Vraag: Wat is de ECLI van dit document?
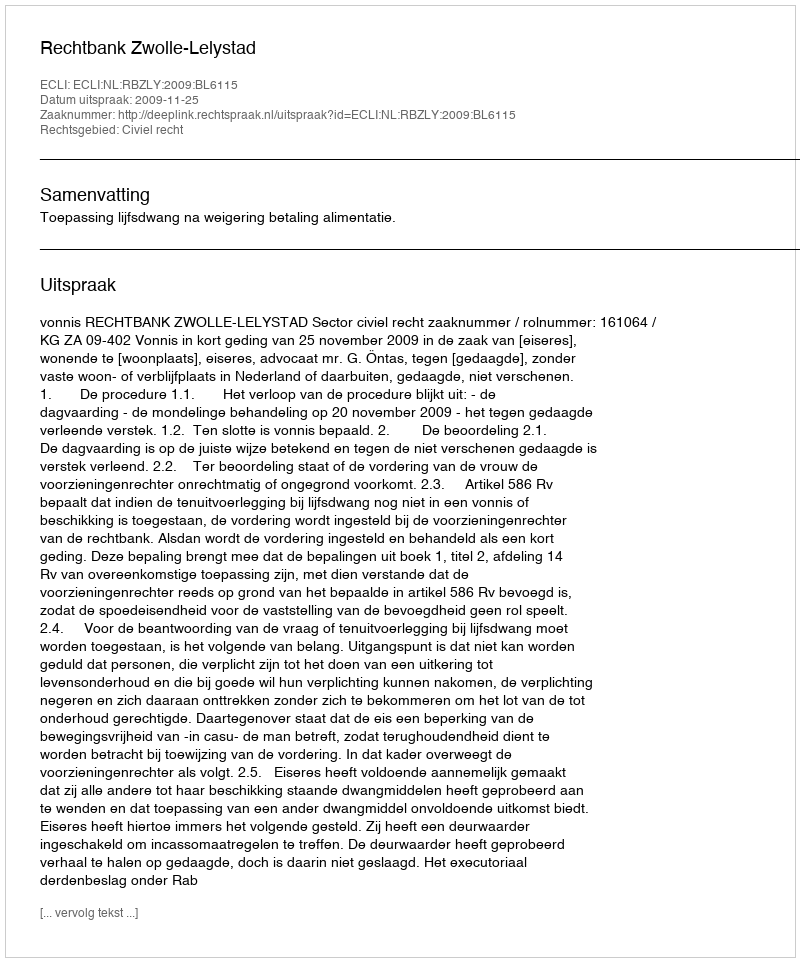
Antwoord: ECLI:NL:RBZLY:2009:BL6115